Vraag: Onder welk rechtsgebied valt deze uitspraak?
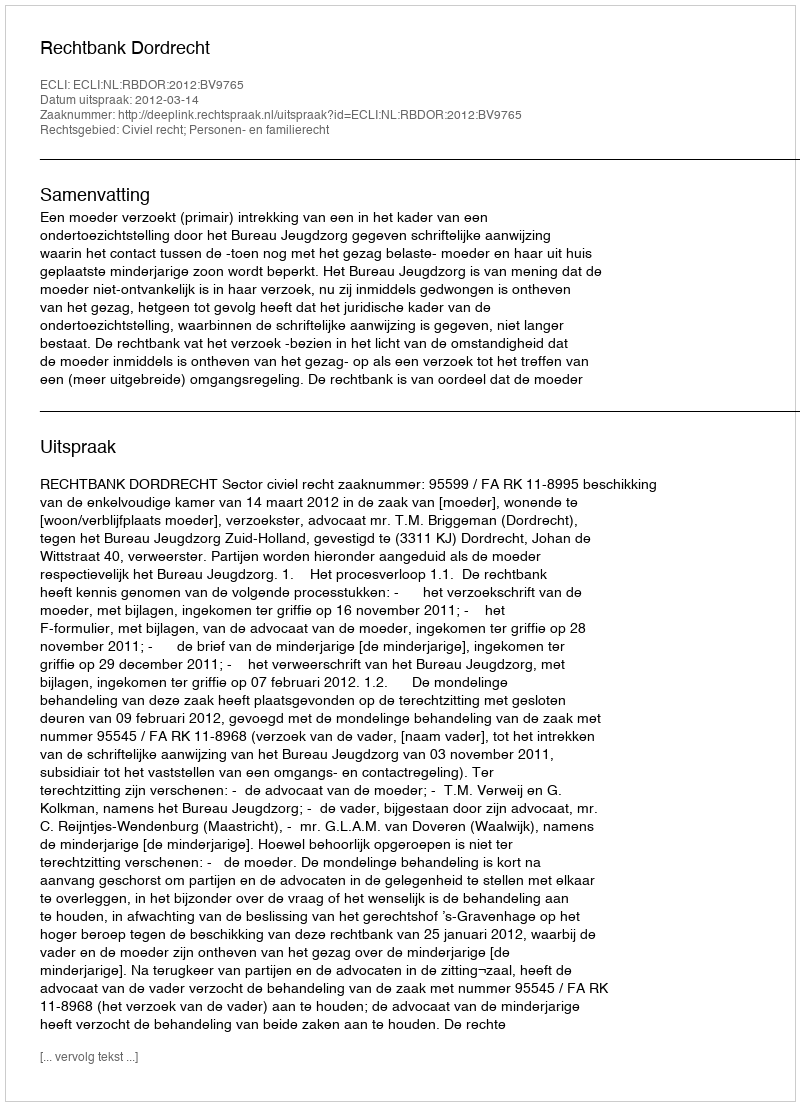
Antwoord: Civiel recht; Personen- en familierecht